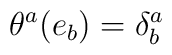
\theta^a(e_b) = \delta^a_b